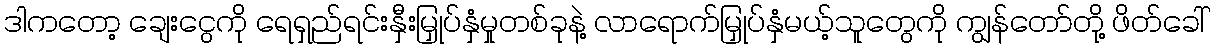
ဒါကတော့ ချေးငွေကို ရေရှည်ရင်းနှီးမြှုပ်နှံမှုတစ်ခုနဲ့ လာရောက်မြှုပ်နှံမယ့်သူတွေကို ကျွန်တော်တို့ ဖိတ်ခေါ်